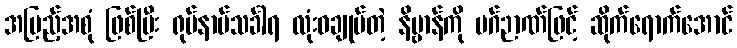
အပြည့်အစုံ ဖြစ်ပြီး ရုပ်နာမ်သင်္ခါရ လုံးဝချုပ်တဲ့ နိဗ္ဗာန်ကို မဂ်ဉာဏ်ဖြင့် ဆိုက်ရောက်အောင်